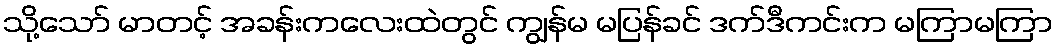
သို့သော် မာတင့် အခန်းကလေးထဲတွင် ကျွန်မ မပြန်ခင် ဒက်ဒီကင်းက မကြာမကြာ